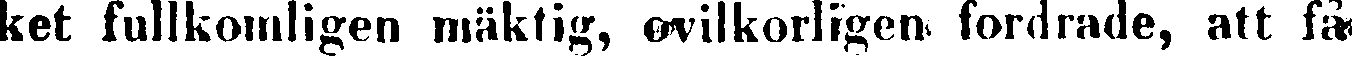
ket fullkomligen mäktig, ovilkorligen fordrade, att få